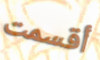
أقسمت